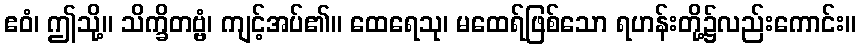
ဧဝံ၊ ဤသို့။ သိက္ခိတဗ္ဗံ၊ ကျင့်အပ်၏။ ထေရေသု၊ မထေရ်ဖြစ်သော ရဟန်းတို့၌လည်းကောင်း။